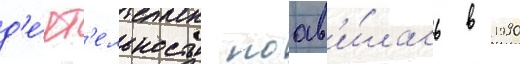
д'е́ят'ельность поав'и́лась в 1990